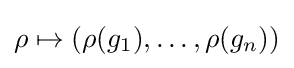
\rho \mapsto (\rho (g_{1}),\ldots ,\rho (g_{n}))